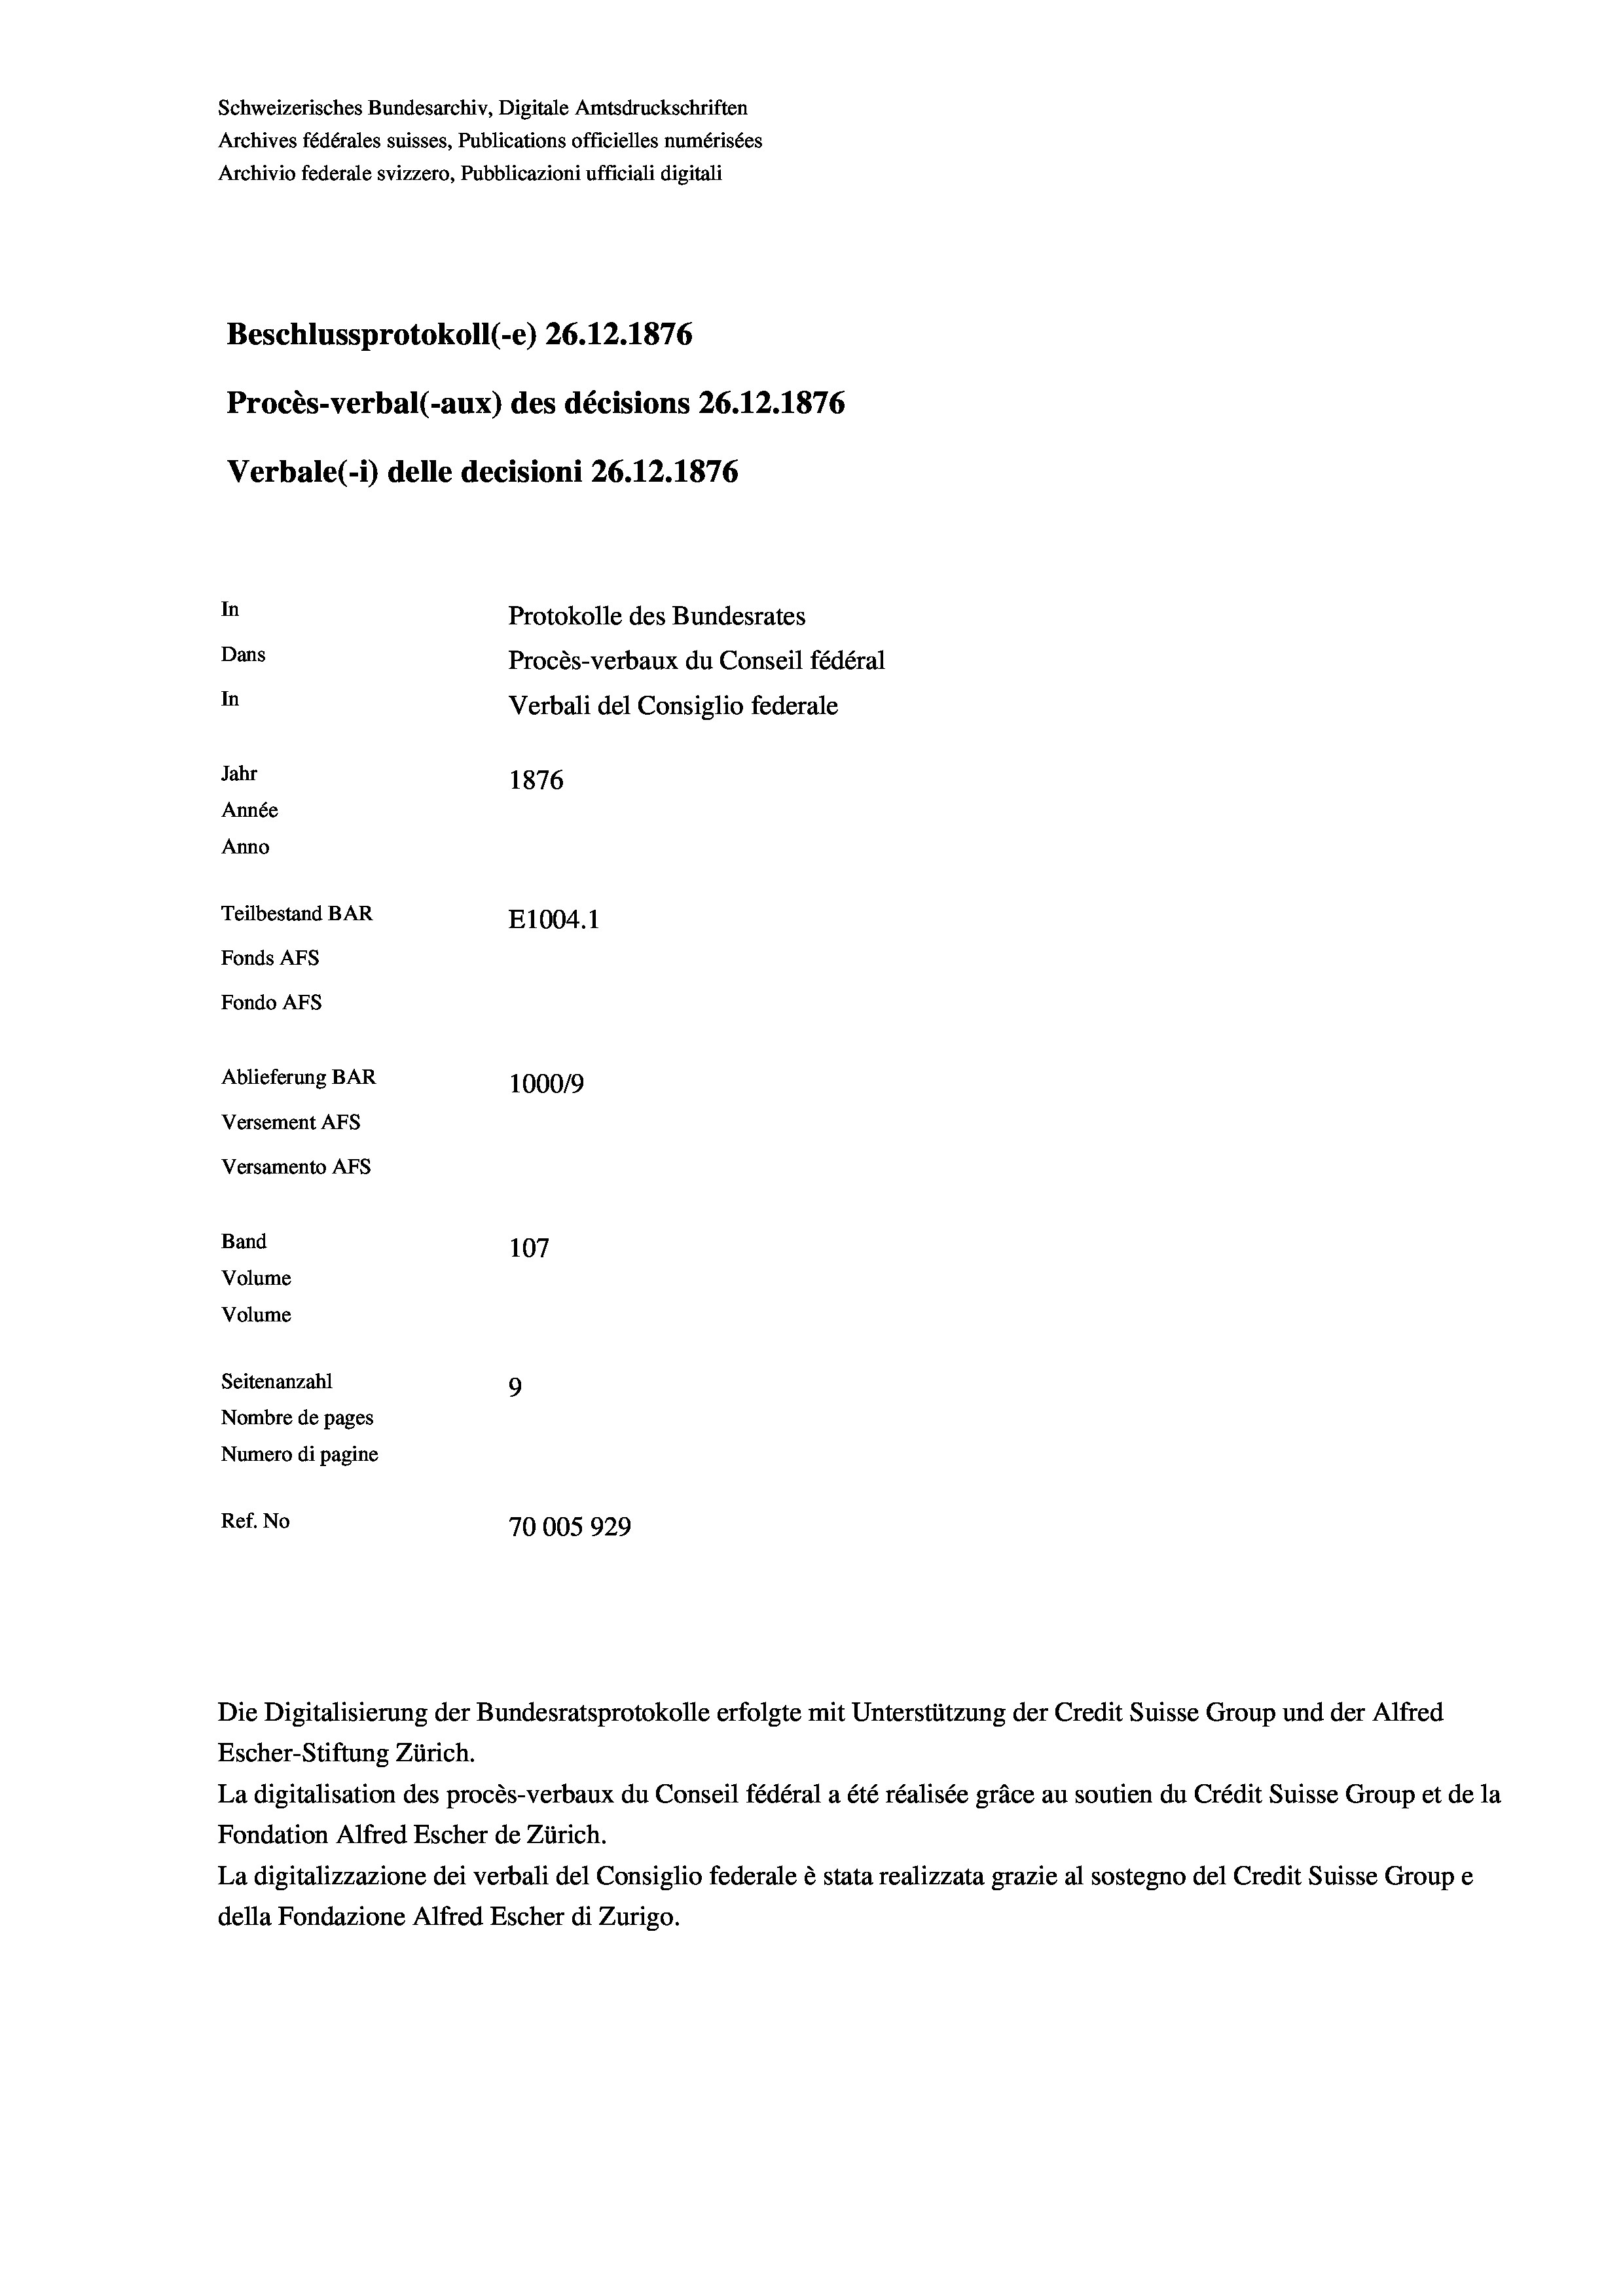
Schweizerisches Bundesarchiv, Digitale Amtsdruckschriften
Archives fédérales suisses, Publications officielles numérisées
Archivio federale svizzero, Pubblicazioni ufficiali digitali
Beschlussprotokoll (-e) 26. 12. 1876
Procès-verbal (-aux) des décisions 26.12.1876
Verbale (i) delle decisioni 26.12.1876
In
Protokolle des Bundesrates
Dans
Procès-verbaux du Conseil fédéral
In
Verbali del Consiglio federale
Jahr
1876
Année
Anno
Teilbestand BAR
E1004. 1
Fonds AFs
Fondo AFS
Ablieferung BAR
100019
Versement AFS
Versamento AFs
Band
107
Volume
Volume
Seitenanzahl
9
Nombre de pages
Numero di pagine
Ref. No
70005929

Escher-Stiftung Zürich.
La digitalisation des procès-verbaux du Conseil fédéral a été réalisée gräce au soutien du Crédit Suisse Group et de la
Fondation Alfred Escher de Zürich.
La digitalizzazione dei verbali del Consiglio federale è stata realizzata grazie al sostegno del Credit Suisse Groupe
della Fondazione Alfred Escher di Zurigo.

Die Digitalisierung der Bundesratsprotokolle erfolgte mit Unterstützung der Credit Suisse Group und der Alfred